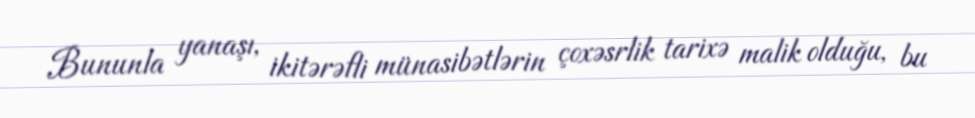
Bununla yanaşı, ikitərəfli münasibətlərin çoxəsrlik tarixə malik olduğu, bu